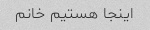
اینجا هستیم خانم